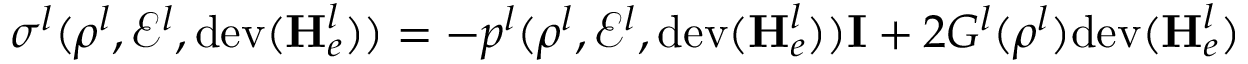
\boldsymbol \sigma ^ { l } ( \rho ^ { l } , \mathscr { E } ^ { l } , \mathrm { d e v } ( \mathbf { H } _ { e } ^ { l } ) ) = - p ^ { l } ( \rho ^ { l } , \mathscr { E } ^ { l } , \mathrm { d e v } ( \mathbf { H } _ { e } ^ { l } ) ) \mathbf { I } + 2 G ^ { l } ( \rho ^ { l } ) \mathrm { d e v } ( \mathbf { H } _ { e } ^ { l } )